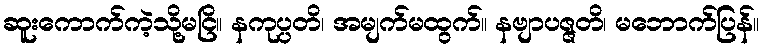
ဆူးကောက်ကဲ့သို့မငြိ။ နကုပ္ပတိ၊ အမျက်မထွက်။ နဗျာပဇ္ဇတိ၊ မဘောက်ပြန်။